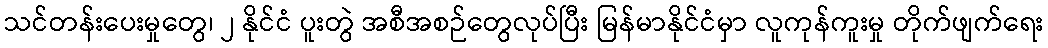
သင်တန်းပေးမှုတွေ၊ ၂ နိုင်ငံ ပူးတွဲ အစီအစဉ်တွေလုပ်ပြီး မြန်မာနိုင်ငံမှာ လူကုန်ကူးမှု တိုက်ဖျက်ရေး